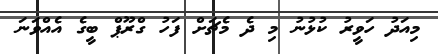
މިއަދު ހަވީރު ކުޅުނު މި ދެ މެޗަށް ފަހު ގްރޫޕް ބީގެ އެއްވަނަ